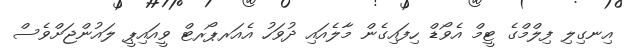
އިނގިލި ފިލްމްގެ ޓީމް އެވޯޑް ހިފައިގެން މާލެއައި ދުވަހު އެއަރޕޯރޓް ވީއައިޕީ ލައުންޖަށްވެސް